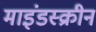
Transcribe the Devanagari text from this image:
माइंडस्क्रीन